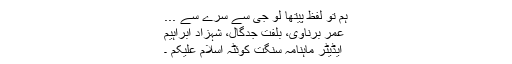
ہم تو لفظ پیتھا لو جی سے سرے سے ...
عمرؔ برناوی، بلفت جدگال، شہزاد ابراہیم
ایڈیٹر ماہنامہ سنگت کوئٹہ اسلام علیکم ۔